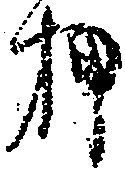
押